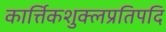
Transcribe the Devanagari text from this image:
कार्त्तिकशुक्लप्रतिपदि